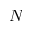
N